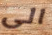
الى